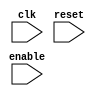
module piped(clk,reset,enable);
    input clk, reset, enable;
    
    wire [31:0] pcOut,PC, nextPC,nextPC1, instruction, PC_plus_4, branch_target, /*jump_target,*/ ALU_result, ALU_input2, mem_data, write_data;
    wire [31:0] read_data1, read_data2, sign_ext_imm, shifted_imm; 
    wire [27:0] shifted_jump;
    wire [4:0] write_reg;
    wire [2:0] alu_op;
    wire [1:0] reg_dst, mem_to_reg ;
    wire reg_write, mem_write, mem_read, pc_src ,jump, branch, zero,alu_src;

    // Pipes outputs...
    wire [63:0] IF;
    wire [153:0] ID;
    wire [105:0] EX;
    wire [103:0] MW;

    // Program Counter
    REG32posclk ProgramCounter(PC, pcOut, clk, reset, enable);

    // Instruction Memory
    Instruction_Memory IM(PC, instruction);
    
    // Adder for PC + 4
    Adder32bit PCAdder(PC_plus_4, PC, 32'd4);
    
    // IFDF Pipe
    IFID ifdf(IF,{PC_plus_4,instruction},clk,reset,enable);

    
    /////////// Decode stage.......


    // Control Unit
    ControlUnit CU(IF[31:26], IF[5:0],alu_op, reg_dst,mem_to_reg,alu_src, reg_write, mem_read,mem_write, branch, jump,pc_src);

    // Shift Left for Jump Address
    ShiftLeft26_by2 JumpShift(shifted_jump, IF[25:0]);   ///28=bits out

    // Register File
    RegFile RF(read_data1, read_data2, IF[25:21], IF[20:16],write_data, MW[4:0], MW[103], clk, reset);
    
    // Sign Extend
    SignExtend SE(sign_ext_imm, IF[15:0]);
    ShiftLeft32_by2 SL2(shifted_imm, sign_ext_imm);

    // Adder for Branch Target
    Adder32bit BranchAdder(branch_target, PC_plus_4, sign_ext_imm/*Later shift Later*/);

    // Comparator for Branch
    Comparator32bit CMP(zero, read_data1, read_data2);
    wire aNd;
    assign aNd= branch && zero;

    IDEX idex(ID,{alu_op, reg_dst,mem_to_reg,alu_src, reg_write, mem_read,mem_write,PC_plus_4,read_data1,read_data2,sign_ext_imm,IF[25:21],IF[20:16],IF[15:11]},clk,reset,enable);
    
    /////////////////////////////////////

    // Mux for ALU input 2
    Mux_2_to_1_32bit ALUMux(ALU_input2, ID[146], ID[46:15], ID[78:47]);

    // ALU
    ALU alu(ID[153:151], ID[110:79], ALU_input2,ALU_result );
    
    // Mux for Write Register
    Mux_3_to_1_5bit WriteRegMux(write_reg, reg_dst,5'd31 , ID[9:5],ID[4:0] );

    EXMEM exmem(EX,{ID[148:147],ID[145:111],ALU_result,ID[78:47],write_reg},clk,reset,enable);

    ///////////////////////////////////////


    // Data Memory
    Data_Memory DM(mem_data, EX[68:37], EX[100:69], EX[101], EX[102], clk); //////now we are here.......
    MEMWB memwb(MW,{EX[103],EX[105:104],EX[100:69],mem_data,EX[68:37],EX[4:0]},clk,reset,enable);

    ///////////////////////////////////////
    Mux_3_to_1_32bit WriteDataMux(write_data, MW[102:101],PC_plus_4 , mem_data,ALU_result);


    Mux_2_to_1_32bit PCBranchMux(nextPC, aNd, branch_target,PC_plus_4);
    Mux_2_to_1_32bit PCJumpMux(nextPC1, jump, {PC_plus_4[31:28], shifted_jump}, read_data1);
    Mux_2_to_1_32bit PCpick(pcOut,pc_src,nextPC1,nextPC);
    // Mux for Write Data
    

endmodule

module ALU(m ,in1,in2,out);
    input [2:0] m;
    input [31:0] in1,in2;
    reg [31:0] o;
    output reg [31:0] out;
    always@(*) begin
        case(m)
            0:out=in1 | in2;
            3'b001:out=in1 & in2;
            2: out=in1^in2;
            3: out=in1+in2;
            4: out= !(in1 | in2);
            5: out=!(in1 & in2);
            6:out= in1<in2 ?1'b1:1'b0;
            7:begin
                o=~in2+1;
                out=in1+o;
            end
        endcase
    end
endmodule

module Data_Memory(
    output reg [31:0] readdata,
    input [31:0] address,
    input [31:0] writedata,
    input memwrite,
    input memread,
    input clk
);
    reg [31:0] DM [255:0]; // 256-word memory

    // Initialize memory with incremental values
    integer i;
    initial begin
        for (i = 0; i < 256; i = i + 1) begin
            DM[i] = i;
        end
    end

    always @(posedge clk) begin
        if (memwrite)
            DM[address >> 2] <= writedata; // Divide by 4 to get the correct word address
    end

    always @(posedge clk) begin
        if (memread)
            readdata <= DM[address >> 2]; // Divide by 4 to get the correct word address
    end
endmodule


module PC (input [31:0] in, input clk, input reset, output  [31:0] out);
reg [31:0] pc;
    always @(posedge clk ) begin
        if(reset)
        begin
        pc<=0;
        end
        else
        begin
        pc<=in;
        end
    end
    assign out=pc;
endmodule

module RegFile(
    readdata1, readdata2, readreg1, readreg2,
    writedata, writereg, regwrite, clk, reset
);
    input regwrite, clk, reset;
    input [4:0] readreg1, readreg2, writereg;
    input [31:0] writedata;
    output [31:0] readdata1, readdata2;

    reg [31:0] registers [31:0];
    integer i;

    always @(posedge clk) begin
        if (!reset) begin
            for (i = 0; i < 32; i = i + 1) begin
                registers[i] <= 32'b0;
            end
        end else if (regwrite) begin
            registers[writereg] = writedata;
        end
    end
    assign readdata1 = registers[readreg1];
    assign readdata2 = registers[readreg2];
endmodule

module REG32posclk (Q, D, clk, reset, enable);
    input clk, reset, enable;
    reg [31:0] pc;
    input [31:0] D;
    output [31:0] Q;

    always @(posedge clk) begin
        if (!reset) begin
            pc <= 32'b0;
        end else if (enable) begin
            pc <= D;
        end
    end
    assign Q=pc;
endmodule

module Instruction_Memory(
    input [31:0] PC,
    output reg [31:0] instruction
);
    reg [31:0] IM [255:0];

    initial begin
        IM[0] = 32'h8C010004;
        IM[1] = 32'h8c02000c;
        IM[2] = 32'h8C030014;
        IM[3] = 32'h8C04001C;
        IM[4] = 32'h00222805;
        IM[5] = 32'h506603ff;
        IM[6] = 32'h00823807;
        IM[7] = 32'h00a44002;
        IM[8] = 32'h44c907ff;
        IM[9] = 32'hAC060008;
        IM[10] = 32'h8c0a0008;
        IM[11] = 32'h00e85800;
        IM[12] = 32'h00246006;
        ///IM[12]=32'hc0c30001;
        ///IM[13]=32'h03e00008;
        ///IM[14]=32'h8ce85800;
        ///IM[15]=32'h01015806;

        // Initialize other locations as needed
    end

    always @(PC) begin
        instruction = IM[PC >> 2]; // Divide by 4 to get the correct word address
    end
endmodule

module IFID(Q,D,clk,reset,enable);
    input clk,reset,enable;
    input [63:0] D;
    output [63:0] Q;
    reg [63:0]q;
    always @(posedge clk) begin
        if(!reset) begin
            q=0;
        end
        else if(enable) begin
            q=D;
        end
    end

    assign Q=q;
endmodule

module IDEX(Q,D,clk,reset,enable);
    input clk,reset,enable;
    input [153:0] D;
    output [153:0] Q;
    reg [153:0] q;
    always @(posedge clk) begin
        if(!reset) begin
            q=0;
        end
        else if(enable) begin
            q=D;
        end
    end
    assign Q=q;
endmodule

module EXMEM(Q,D,clk,reset,enable);
input clk,reset,enable;
    input [105:0] D;
    output [105:0] Q;
    reg [105:0] q;
    always @(posedge clk) begin
        if(!reset) begin
            q=0;
        end
        else if(enable) begin
            q=D;
        end
    end
    assign Q=q;

endmodule

module MEMWB(Q,D,clk,reset,enable);
input clk,reset,enable;
    input [103:0] D;
    output [103:0] Q;
    reg [103:0] q;
    always @(posedge clk) begin
        if(!reset) begin
            q=0;
        end
        else if(enable) begin
            q=D;
        end
    end
    assign Q=q;

endmodule

module shiftLeft(out,in);
    input [31:0] in;
    output  [31:0] out;
    assign out=in>>2;
endmodule
module Adder32bit(out, a, b);
    input [31:0] a, b;
    output [31:0] out;
    assign out = a + b;
endmodule
module SignExtend(out, in);
    input [15:0] in;
    output [31:0] out;
    assign out = {{16{in[15]}}, in};
endmodule
module Comparator32bit(equal, a, b);
    input [31:0] a, b;
    output equal;
    assign equal = (a == b);
endmodule
module ShiftLeft26_by2(out, in);
    input [25:0] in;
    output [27:0] out;
    assign out = {in, 2'b00};
endmodule
module ShiftLeft32_by2(out, in);
    input [31:0] in;
    output [31:0] out;
    assign out = in << 2;
endmodule
module Mux_3_to_1_5bit(out, s, i2, i1, i0);
    input [4:0] i2, i1, i0;
    input [1:0] s;
    output [4:0] out;
    assign  out = (s == 2'b00) ? i0 : (s == 2'b01) ? i1 : i2;
endmodule
module Mux_3_to_1_32bit(out, s, i2, i1, i0);
    input [31:0] i2, i1, i0;
    input [1:0] s;
    output [31:0] out;
    assign  out = (s == 2'b00) ? i0 : (s == 2'b01) ? i1 : i2;
endmodule
module Mux_2_to_1_32bit(out, s, i1, i0);
    input [31:0] i1, i0;
    input s;
    output [31:0] out;
    assign  out = s ? i1 : i0;
endmodule

module tb;
    reg clk, reset, enable;

    piped uut (.clk(clk), .reset(reset), .enable(enable));

    initial begin
        clk = 1;
        reset = 0;
        enable = 1;
        #50 reset = 1;
    end

    always #25 clk = ~clk;
endmodule

module ControlUnit (opcode,func,aluop,regdst,memtoreg,alusrc,regwrite,memread,memwrite,branch,jump,pcsrc);
    input [5:0] opcode,func;
    output reg [2:0] aluop;
    output reg [1:0] regdst,memtoreg;
    output reg alusrc,regwrite,memread,memwrite,branch,jump,pcsrc;
    always @(opcode or func) begin
        if(!opcode) begin
            case(func)
                6'b000000 : begin
                    aluop=3'b000;
                    alusrc=0;
                    regdst=2'b01;
                    memtoreg=2'b00;
                    regwrite=1;
                    memread=0;
                    memwrite=0;
                    branch=0;
                    jump=0;
                    pcsrc=0;
                end
                6'b000001 : begin
                    aluop=3'b001;
                    alusrc=0;
                    regdst=2'b01;
                    memtoreg=2'b00;
                    regwrite=1;
                    memread=0;
                    memwrite=0;
                    branch=0;
                    jump=0;
                    pcsrc=0;
                end
                6'b000010 : begin
                    aluop=3'b010;
                    alusrc=0;
                    regdst=2'b01;
                    memtoreg=2'b00;
                    regwrite=1;
                    memread=0;
                    memwrite=0;
                    branch=0;
                    jump=0;
                    pcsrc=0;
                end
                6'b000011 : begin
                    aluop=3'b011;
                    alusrc=0;
                    regdst=2'b01;
                    memtoreg=2'b00;
                    regwrite=1;
                    memread=0;
                    memwrite=0;
                    branch=0;
                    jump=0;
                    pcsrc=0;
                end
                6'b000100 : begin
                    aluop=3'b100;
                    alusrc=0;
                    regdst=2'b01;
                    memtoreg=2'b00;
                    regwrite=1;
                    memread=0;
                    memwrite=0;
                    branch=0;
                    jump=0;
                    pcsrc=0;
                end
                6'b000101 : begin
                    aluop=3'b101;
                    alusrc=0;
                    regdst=2'b01;
                    memtoreg=2'b00;
                    regwrite=1;
                    memread=0;
                    memwrite=0;
                    branch=0;
                    jump=0;
                    pcsrc=0;
                end
                6'b000110 : begin
                    aluop=3'b110;
                    alusrc=0;
                    regdst=2'b01;
                    memtoreg=2'b00;
                    regwrite=1;
                    memread=0;
                    memwrite=0;
                    branch=0;
                    jump=0;
                    pcsrc=0;
                end
                6'b000111 :begin
                    aluop=3'b111;
                    alusrc=0;
                    regdst=2'b01;
                    memtoreg=2'b00;
                    regwrite=1;
                    memread=0;
                    memwrite=0;
                    branch=0;
                    jump=0;
                    pcsrc=0;
                end
                6'b001000 :begin
                    regwrite=0;
                    memread=0;
                    memwrite=0;
                    branch=0;
                    jump=0;
                    pcsrc=1;
                end
            endcase
        end
        else begin
            case(opcode)
                6'b010000:begin
                    aluop=3'b000;
                    alusrc=1;
                    regdst=2'b00;
                    memtoreg=2'b00;
                    regwrite=1;
                    memread=0;
                    memwrite=0;
                    branch=0;
                    jump=0;
                    pcsrc=0;
                end
                6'b010001:begin
                    aluop=3'b001;
                    alusrc=1;
                    regdst=2'b00;
                    memtoreg=2'b00;
                    regwrite=1;
                    memread=0;
                    memwrite=0;
                    branch=0;
                    jump=0;
                    pcsrc=0;
                end
                6'b010010:begin
                    aluop=3'b010;
                    alusrc=1;
                    regdst=2'b00;
                    memtoreg=2'b00;
                    regwrite=1;
                    memread=0;
                    memwrite=0;
                    branch=0;
                    jump=0;
                    pcsrc=0;
                end
                6'b010011:begin
                    aluop=3'b011;
                    alusrc=1;
                    regdst=2'b00;
                    memtoreg=2'b00;
                    regwrite=1;
                    memread=0;
                    memwrite=0;
                    branch=0;
                    jump=0;
                    pcsrc=0;
                end
                6'b010100:begin
                    aluop=3'b100;
                    alusrc=1;
                    regdst=2'b00;
                    memtoreg=2'b00;
                    regwrite=1;
                    memread=0;
                    memwrite=0;
                    branch=0;
                    jump=0;
                    pcsrc=0;
                end
                6'b010101:begin
                    aluop=3'b101;
                    alusrc=1;
                    regdst=2'b00;
                    memtoreg=2'b00;
                    regwrite=1;
                    memread=0;
                    memwrite=0;
                    branch=0;
                    jump=0;
                    pcsrc=0;
                end
                6'b010110:begin
                    aluop=3'b110;
                    alusrc=1;
                    regdst=2'b00;
                    memtoreg=2'b00;
                    regwrite=1;
                    memread=0;
                    memwrite=0;
                    branch=0;
                    jump=0;
                    pcsrc=0;
                end
                6'b010111:begin
                    aluop=3'b111;
                    alusrc=1;
                    regdst=2'b00;
                    memtoreg=2'b00;
                    regwrite=1;
                    memread=0;
                    memwrite=0;
                    branch=0;
                    jump=0;
                    pcsrc=0;
                end
                6'b100011:begin
                    aluop=3'b011;
                    alusrc=1;
                    regdst=2'b00;
                    memtoreg=2'b01;
                    regwrite=1;
                    memread=1;
                    memwrite=0;
                    branch=0;
                    jump=0;
                    pcsrc=0;
                end
                6'b101011:begin
                    aluop=3'b011;
                    alusrc=1;
                    regwrite=0;
                    memread=0;
                    memwrite=1;
                    branch=0;
                    jump=0;
                    pcsrc=0;
                end
                6'b110000:begin
                    regwrite=0;
                    memread=0;
                    memwrite=0;
                    branch=1;
                    jump=0;
                    pcsrc=0;
                end
                6'b110001:begin
                    regwrite=0;
                    memread=0;
                    memwrite=0;
                    branch=0;
                    jump=1;
                    pcsrc=1;
                end
                6'b110011:begin
                    regdst=2'b10;
                    memtoreg=2'b10;
                    regwrite=1;
                    memread=0;
                    memwrite=0;
                    branch=0;
                    jump=1;
                    pcsrc=1;
                end
            endcase
        end
    end
endmodule